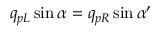
q _ { p L } \sin \alpha = q _ { p R } \sin \alpha ^ { \prime }